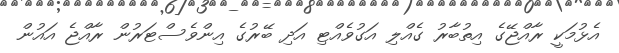
އެޅުމަކީ ރާއްޖޭގެ އިތުބާރު ގެއްލި އަގުވެއްޓި އަދި ބޭރުގެ އިންވެސްޓަރުން ރާއްޖެ އައުން